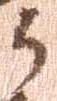
与